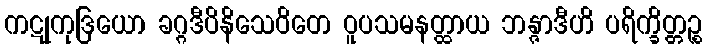
ကဋုကုဒြယော ခဂ္ဂဒီပိနိသေဝိတေ ဝူပသမနတ္ထာယ ဘန္ဇာဒီဟိ ပရိက္ခိတ္တဉ္စ